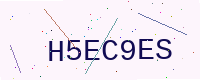
Text: H5EC9ES